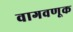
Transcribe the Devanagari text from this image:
वागवणूक